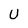
Character: U